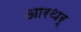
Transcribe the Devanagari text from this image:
आरथर्